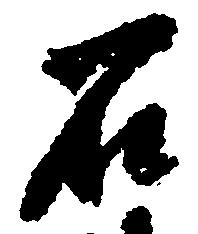
石